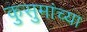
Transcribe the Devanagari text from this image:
कुसुमांच्या